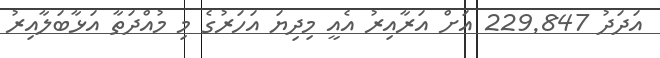
އަދަދު 229